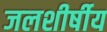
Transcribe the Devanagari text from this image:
जलशीर्षीय